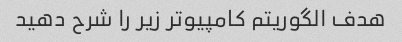
هدف الگوریتم کامپیوتر زیر را شرح دهید